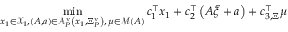
\operatorname* { m i n } _ { \substack { { x } _ { 1 } \in { \mathcal X } _ { 1 } , \left( A , { a } \right) \in { \mathcal A } _ { P } ^ { \mathrm { v } } \left( { x } _ { 1 } , { \Xi } _ { P } ^ { \mathrm { v } } \right) , \, { \mu } \in { \mathcal M } \left( A \right) } } { c } _ { 1 } ^ { \top } { x } _ { 1 } + { c } _ { 2 } ^ { \top } \left( A \tilde { \xi } + { a } \right) + { c } _ { 3 , \Xi } ^ { \top } { \mu }